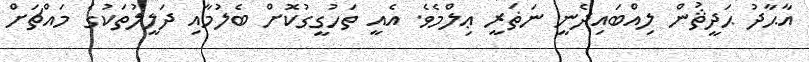
އާޙާދު ޙަދީޘުން ލިއްބައިދެނީ ނަޡަރީ ޢިލްމެވެ. އެއީ ތަހުގީގުކޮށް ބެލުމާއި ދަލީލުތަކުގެ މައްޗަށް